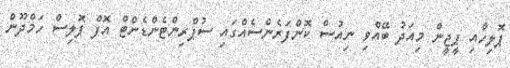
ޕޮލިހާއި ޕީޖީން މިއަދު ބޭއްވި ނިއުސް ކޮންފަރެންސެއްގައި ސުޕްރިންޓެންޑެންޓް އޮފް ޕޮލިސް ހަމްދޫން